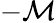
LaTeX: -\mathcal{M}